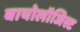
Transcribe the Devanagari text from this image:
बायोलॉजिस्ट